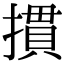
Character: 摜